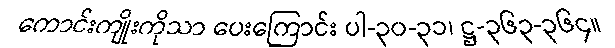
ကောင်းကျိုးကိုသာ ပေးကြောင်း ပါ-၃၀-၃၁၊ ဋ္ဌ-၃၆၃-၃၆၄။